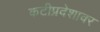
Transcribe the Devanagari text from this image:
कटीप्रदेशावर